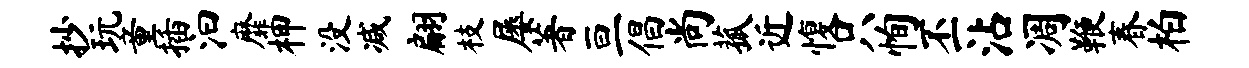
抄玩童插汩靡柙没减翩枝屡著亘倡尚菰近愎只恂丕沾凋鞭春柏